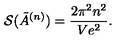
{ \cal S } ( \tilde { A } ^ { ( n ) } ) = \frac { 2 \pi ^ { 2 } n ^ { 2 } } { V e ^ { 2 } } .